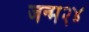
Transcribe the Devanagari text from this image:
जन्म२४